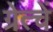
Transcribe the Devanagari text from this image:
ग्रेत्चें